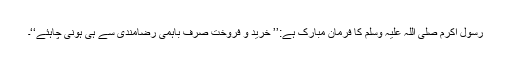
رسولِ اکرم صلی اللہ علیہ وسلم کا فرمانِ مبارک ہے:’’ خرید و فروخت صرف باہمی رضامندی سے ہی ہونی چاہئے‘‘۔